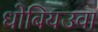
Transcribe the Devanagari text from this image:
धोबियउवा